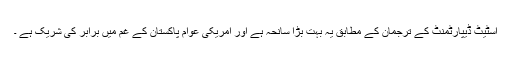
اسٹیٹ ڈیپارٹمنٹ کے ترجمان کے مطابق یہ بہت بڑا سانحہ ہے اور امریکی عوام پاکستان کے غم میں برابر کی شریک ہے ۔